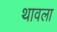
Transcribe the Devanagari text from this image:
थावला